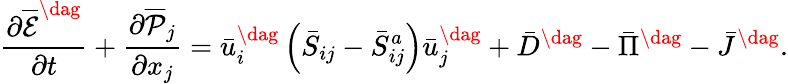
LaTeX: \frac{{\partial{{\overline{{\mathcal E}}}^{\dag}}}}{{\partial t}}+\frac{{\partial{{\overline{{\mathcal P}}}_{j}}}}{{\partial{x_{j}}}}=\bar{u}_{i}^{\dag}\left({{{\bar{S}}_{ij}}-\bar{S}_{ij}^{a}}\right)\bar{u}_{j}^{\dag}+{{\bar{D}}^{\dag}}-{{\bar{\Pi}}^{\dag}}-{{\bar{J}}^{\dag}}.